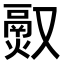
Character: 𬴵